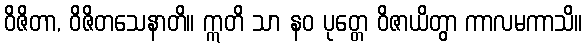
ဝိဇိတာ, ဝိဇိတသေနာတိ။ ဣတိ သာ နဝ ပုတ္တေ ဝိဇာယိတွာ ကာလမကာသိ။